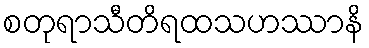
စတုရာသီတိရထသဟဿာနိ